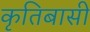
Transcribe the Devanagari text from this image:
कृतिबासी